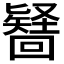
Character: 𭍶